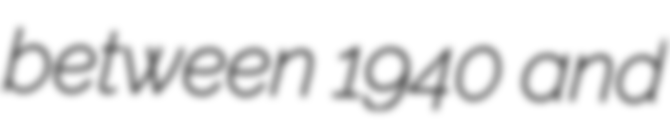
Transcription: between 1940 and